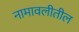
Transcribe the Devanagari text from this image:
नामावलीतील